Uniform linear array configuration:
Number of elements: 32
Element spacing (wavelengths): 0.5
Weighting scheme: uniform
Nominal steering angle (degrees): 0
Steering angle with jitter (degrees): -1.365
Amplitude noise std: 0.05
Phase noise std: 0.05

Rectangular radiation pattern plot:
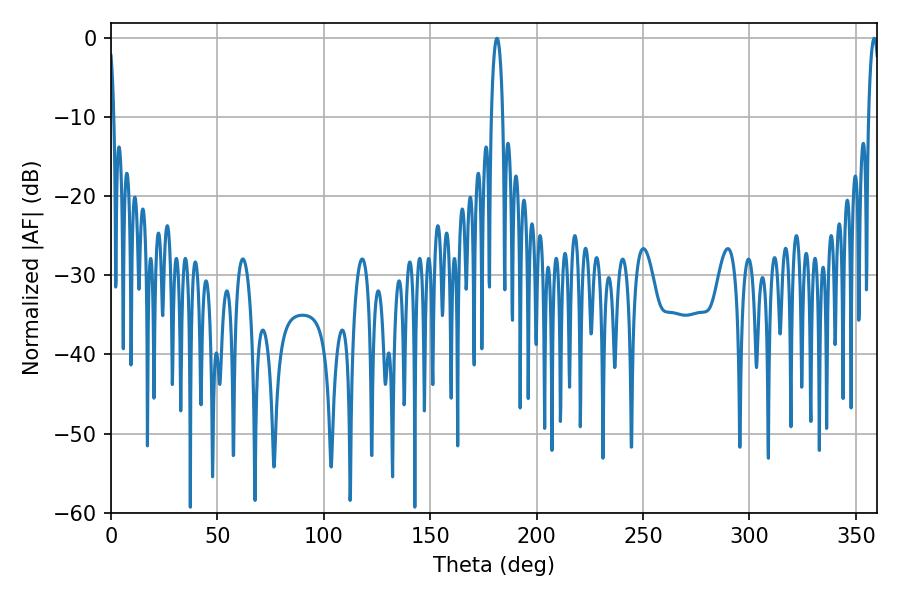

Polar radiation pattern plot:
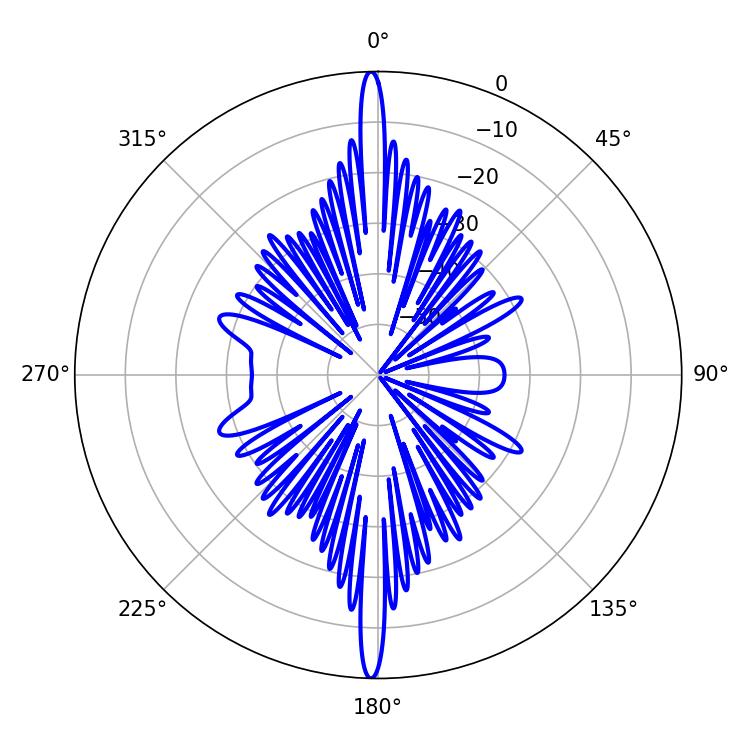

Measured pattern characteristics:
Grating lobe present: FALSE
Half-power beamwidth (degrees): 2.88
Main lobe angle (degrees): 358.56